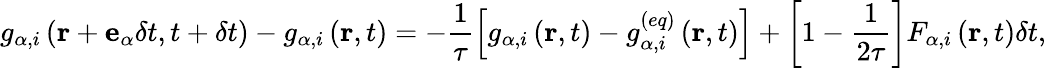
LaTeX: g_{\alpha,i}\left(\mathbf{r}+\mathbf{e}_{\alpha}\delta t,t+\delta t\right)-g_{\alpha,i}\left(\mathbf{r},t\right)=-\frac{1}{\tau}\left[g_{\alpha,i}\left(\mathbf{r},t\right)-g_{\alpha,i}^{(eq)}\left(\mathbf{r},t\right)\right]+\left[1-\frac{1}{2\tau}\right]F_{\alpha,i}\left(\mathbf{r},t\right)\delta t,